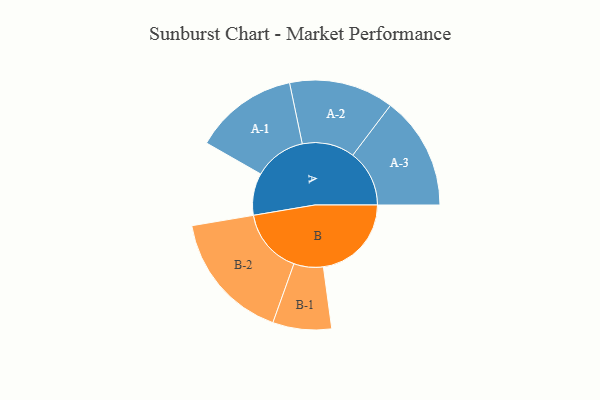
{"axis": {"x": "Segment", "y": "Value"}, "legend": ["", "A", "B"], "data": [{"x": "A", "y": 179, "type": ""}, {"x": "B", "y": 375, "type": ""}, {"x": "A-1", "y": 221, "type": "A"}, {"x": "A-2", "y": 223, "type": "A"}, {"x": "A-3", "y": 241, "type": "A"}, {"x": "B-1", "y": 125, "type": "B"}, {"x": "B-2", "y": 277, "type": "B"}]}